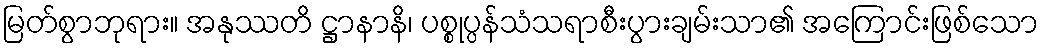
မြတ်စွာဘုရား။ အနုဿတိ ဋ္ဌာနာနိ၊ ပစ္စုပ္ပန်သံသရာစီးပွားချမ်းသာ၏ အကြောင်းဖြစ်သော